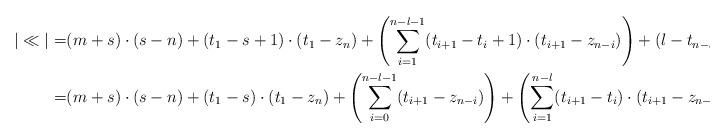
LaTeX: \begin{align*}\begin{aligned}|\ll| = & (m+s)\cdot(s-n) + (t_1-s+1)\cdot(t_1-z_n) + \left(\sum_{i=1}^{n-l-1} (t_{i+1}-t_i+1)\cdot(t_{i+1}-z_{n-i})\right) + (l-t_{n-l})\cdot(l-z_l) \\= & (m+s)\cdot(s-n) + (t_1-s)\cdot(t_1-z_n) + \left(\sum_{i=0}^{n-l-1}(t_{i+1}-z_{n-i})\right) + \left(\sum_{i=1}^{n-l} (t_{i+1}-t_i)\cdot(t_{i+1}-z_{n-i})\right)\end{aligned}\end{align*}